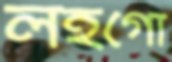
লহগো